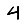
Digit: 4